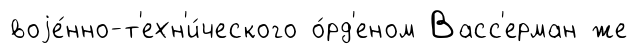
воjе́нно-т'ехн'и́ческого о́рд'еном Васс'ерман же